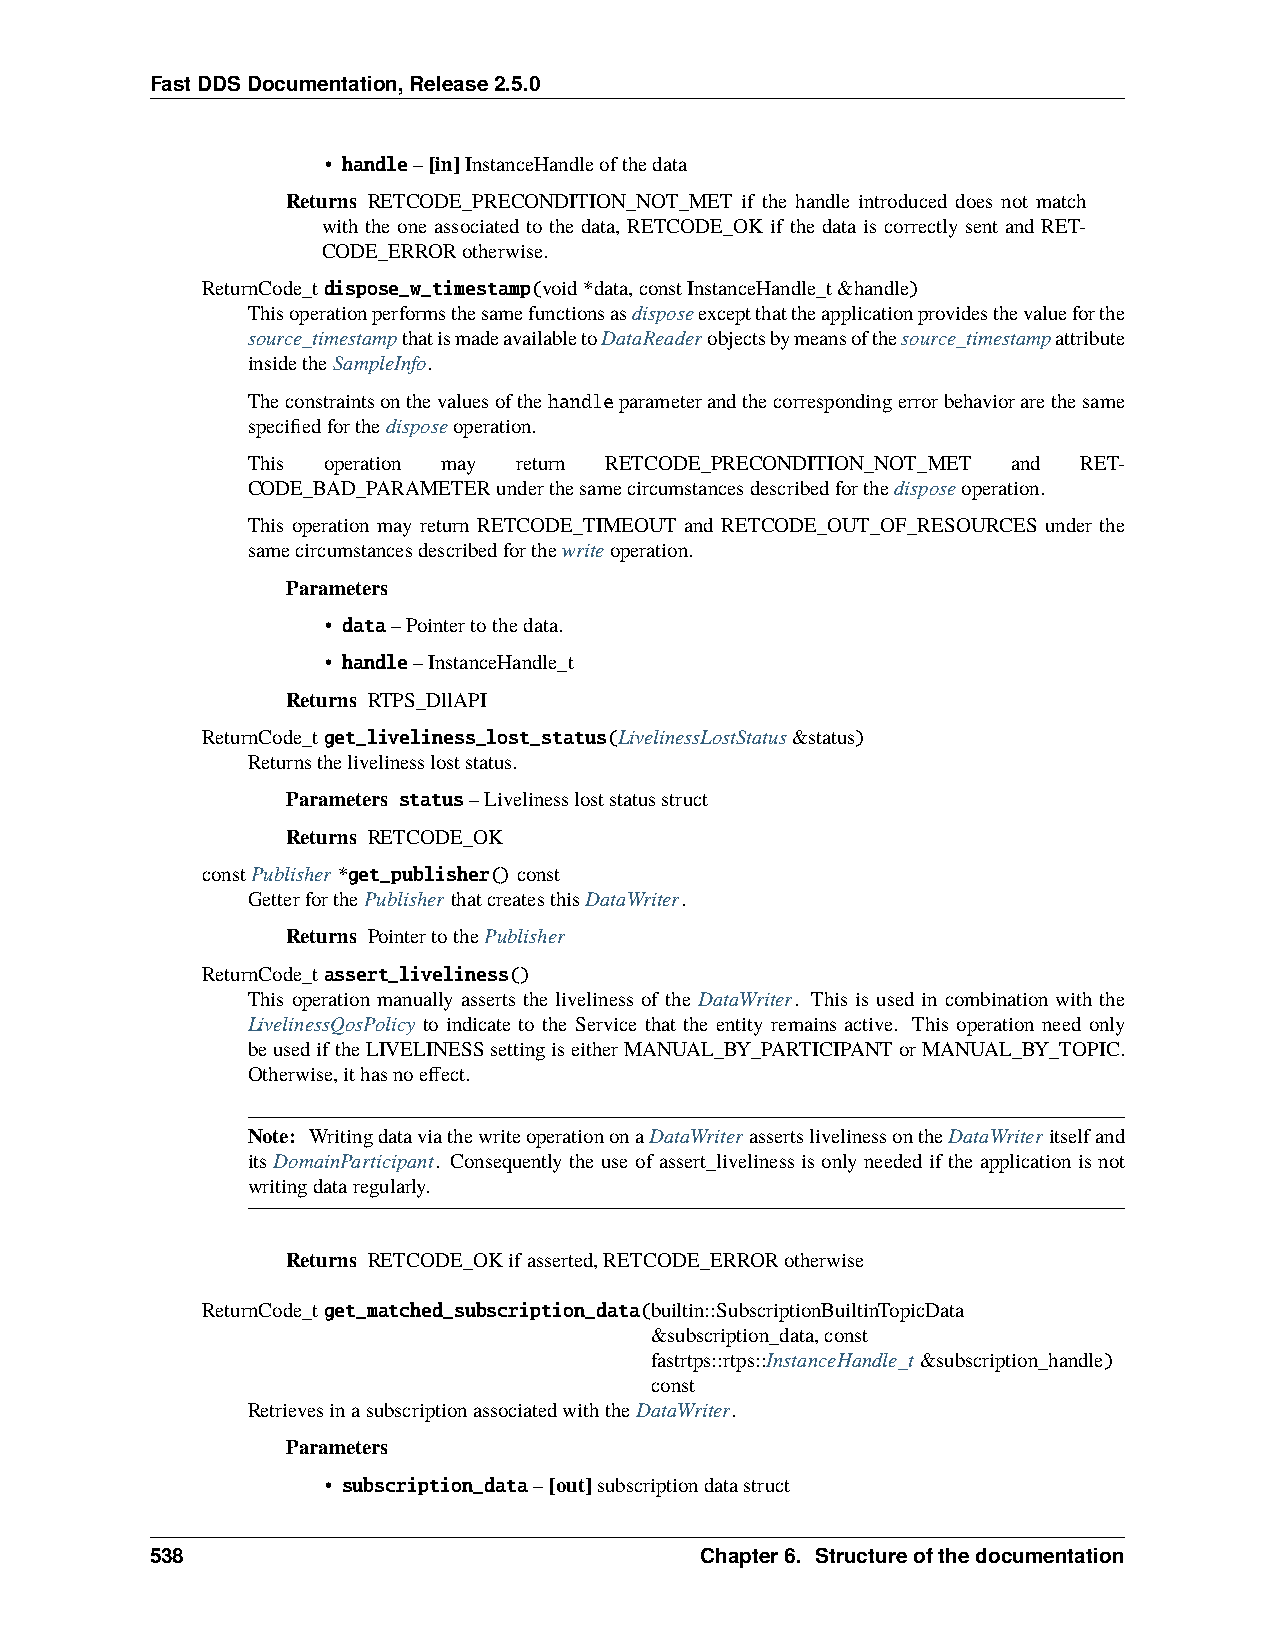
FastDDSDocumentation,Release2.5.0
 • handle–[in]InstanceHandleofthedata
 Returns RETCODE_PRECONDITION_NOT_MET if the handle introduced does not match
 with the one associated to the data, RETCODE_OK if the data is correctly sent and RET-
 CODE_ERRORotherwise.
 ReturnCode_tdispose_w_timestamp(void*data,constInstanceHandle_t&handle)
 Thisoperationperformsthesamefunctionsasdisposeexceptthattheapplicationprovidesthevalueforthe
 source_timestampthatismadeavailabletoDataReaderobjectsbymeansofthesource_timestampattribute
 insidetheSampleInfo.
 Theconstraintsonthevaluesofthehandleparameterandthecorrespondingerrorbehaviorarethesame
 specifiedforthedisposeoperation.
 This operation may return RETCODE_PRECONDITION_NOT_MET and RET-
 CODE_BAD_PARAMETERunderthesamecircumstancesdescribedforthedisposeoperation.
 This operation may return RETCODE_TIMEOUT and RETCODE_OUT_OF_RESOURCES under the
 samecircumstancesdescribedforthewriteoperation.
 Parameters
 • data–Pointertothedata.
 • handle–InstanceHandle_t
 Returns RTPS_DllAPI
 ReturnCode_tget_liveliness_lost_status(LivelinessLostStatus&status)
 Returnsthelivelinessloststatus.
 Parameters status–Livelinessloststatusstruct
 Returns RETCODE_OK
 constPublisher*get_publisher()const
 GetterforthePublisherthatcreatesthisDataWriter.
 Returns PointertothePublisher
 ReturnCode_tassert_liveliness()
 This operation manually asserts the liveliness of the DataWriter. This is used in combination with the
 LivelinessQosPolicy to indicate to the Service that the entity remains active. This operation need only
 beusediftheLIVELINESSsettingiseitherMANUAL_BY_PARTICIPANTorMANUAL_BY_TOPIC.
 Otherwise,ithasnoeffect.
 Note: WritingdataviathewriteoperationonaDataWriterassertslivelinessontheDataWriteritselfand
 its DomainParticipant. Consequently the use of assert_liveliness is only needed if the application is not
 writingdataregularly.
 Returns RETCODE_OKifasserted,RETCODE_ERRORotherwise
 ReturnCode_tget_matched_subscription_data(builtin::SubscriptionBuiltinTopicData
 &subscription_data,const
 fastrtps::rtps::InstanceHandle_t&subscription_handle)
 const
 RetrievesinasubscriptionassociatedwiththeDataWriter.
 Parameters
 • subscription_data–[out]subscriptiondatastruct
 538                                 Chapter6. Structureofthedocumentation